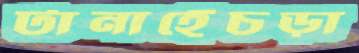
টানাহেঁচড়া